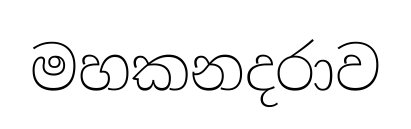
මහකනදරාව